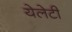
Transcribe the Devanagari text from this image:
येलेटी